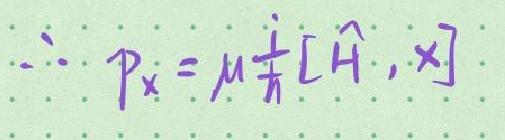
\(\therefore p_x = \mu \frac{i}{\hbar}[\hat{H},x]\)